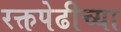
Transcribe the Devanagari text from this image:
रक्तपेढीच्या